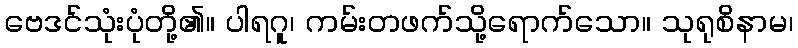
ဗေဒင်သုံးပုံတို့၏။ ပါရဂူ၊ ကမ်းတဖက်သို့ရောက်သော။ သုရုစိနာမ၊